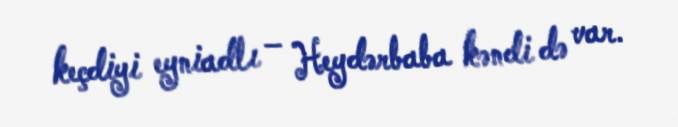
keçdiyi eyniadlı – Heydərbaba kəndi də var.